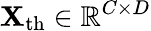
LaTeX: \mathbf{X}_{\mathrm{th}}\in\mathbb{R}^{C\times D}